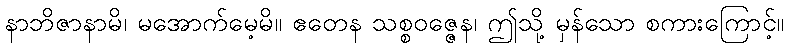
နာဘိဇာနာမိ၊ မအောက်မေ့မိ။ ဧတေန သစ္စဝဇ္ဇေန၊ ဤသို့ မှန်သော စကားကြောင့်။